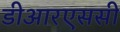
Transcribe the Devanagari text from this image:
डीआरएससी